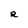
Character: R